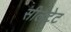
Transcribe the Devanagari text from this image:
सीलट्रेट